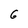
Character: 6